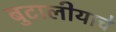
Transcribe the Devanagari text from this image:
बुटालीयाचे